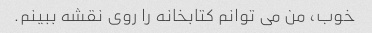
خوب، من می توانم کتابخانه را روی نقشه ببینم.